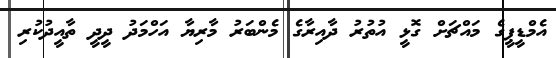
އެމްޑީޕީގެ މައްޗަށް ގޮޅީ އުތުރު ދާއިރާގެ މެންބަރު މާރިޔާ އަހްމަދު ދީދީ ތާއީދުކުރި